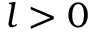
l > 0